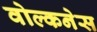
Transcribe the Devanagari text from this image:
वोल्कनेस